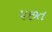
પછત